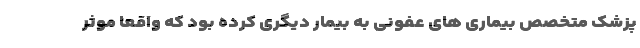
پزشک متخصص بیماری های عفونی به بیمار دیگری کرده بود که واقعاً موثر